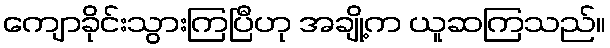
ကျောခိုင်းသွားကြပြီဟု အချို့က ယူဆကြသည်။